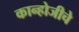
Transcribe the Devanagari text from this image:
कान्होजीचे